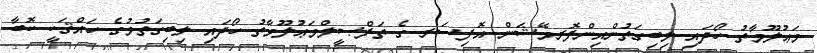
މަޢުލޫމާތު ހޯދައި ލިބިގަތުންއިންފޮރމޭޝަން އޮފިސަރ ގެ ތަފްޞީލްމަޢުލޫމާތު ހޯދައި ލިބިގަތުމުގެ ހައްޤަކީ ކޮބާ